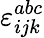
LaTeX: \varepsilon_{ijk}^{abc}